Scottish Leaving Certificate Examination, 1960
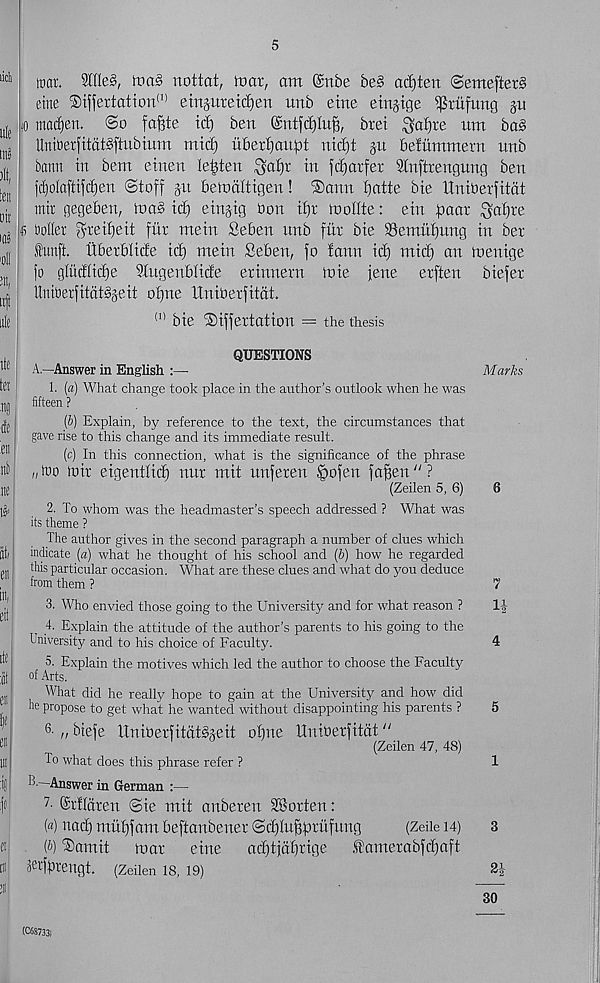
5
mar. 9ltle§, tnaS nottat, toat, am @nbe be§ ad)ten ©emefterS
erne ®iffertation (1) e injure id) ert unb eine einjtge ^xufimg git
/o madjen. ©o fa^te id) ben @ntfd)Iu§, brei ^a^re nm ba§
UniOeifitdtSftitbium mid) ubexl^aupt nid)t gu befummern nnb
batm in bem einen lenten
in- fd)arfer Sinftiengung ben
j'd)oIa(tij'd)en ©toff gn bemdttigen! ®ann tjatte bte Uniberfitat
mir gegeben, n>a§ id) eingig tion if)r ntollte: ein paar ^af)re
6 boiler
fiir mein Seben nnb fur bie 33emuf)ung in ber
fitnit. ilberblide id) mein fieben, fo fann id) mid) an menige
fo glitdlidje 9tugenblide erinnern )nie jene erften biefer
UniOerfitatSgeit ot)ne Uniberfitat.
(1) bie ®iffertation = the thesis
QUESTIONS
A—Answer in English
Marks
1. [a) What change took place in the author’s outlook when he was
fifteen ?
(b) Explain, by reference to the text, the circumstances that
gave rise to this change and its immediate result.
(c) In this connection, what is the significance of the phrase
/, too toir eigentlid) nur mit unferen Ipofen faffen “ ?
(Zeilen 5, 6)
6
2. To whom was the headmaster’s speech addressed ? What was
its theme ?
The author gives in the second paragraph a number of clues which
indicate (a) what he thought of his school and (b) how he regarded
this particular occasion. What are these clues and what do you deduce
from them ?
"
7
3. Who envied those going to the University and for what reason ?
1J
4. Explain the attitude of the author’s parents to his going to the
University and to his choice of Faculty.
4
5. Explain the motives which led the author to choose the Faculty
of Arts.
What did he really hope to gain at the University and how did
he propose to get what he wanted without disappointing his parents ?
5
6 - „ btefe Uniberfitdtdgeit obne Umberfitdt"
(Zeilen 47, 48)
To what does this phrase refer ?
1
B —Answer in German :—
7 - ©r'fldren ©ie mit anberen Shorten:
(«) nad) mutjfam beftanbener ©dfluffprufung
(Zeile 14)
3
(b) ®amit
mar
eine
ad)tjdf)rige
famerabfdfaft
'Tfiprengt. (Zeilen 18, 19)
30
(C68733I